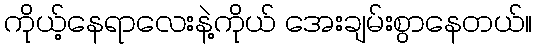
ကိုယ့်နေရာလေးနဲ့ကိုယ် အေးချမ်းစွာနေတယ်။